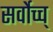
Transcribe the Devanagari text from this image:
सर्वोच्च्